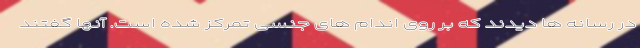
در رسانه ها دیدند که بر روی اندام های جنسی تمرکز شده است. آنها گفتند